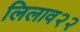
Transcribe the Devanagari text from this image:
लिलाव२२